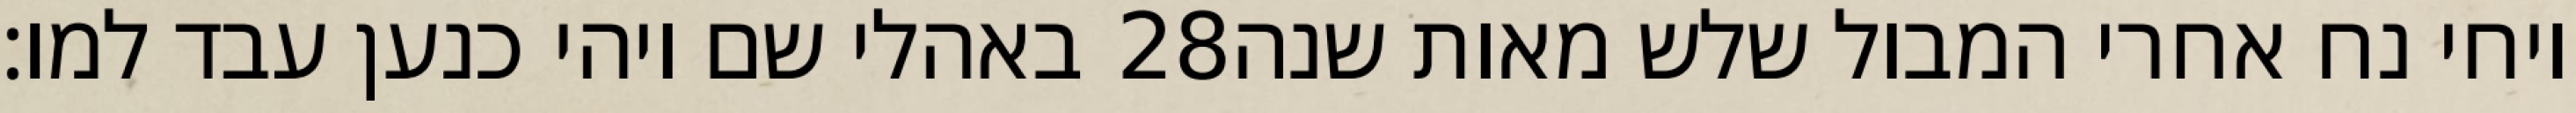
באהלי שם ויהי כנען עבד למו׃ ‎28‏ ויחי נח אחרי המבול שלש מאות שנה